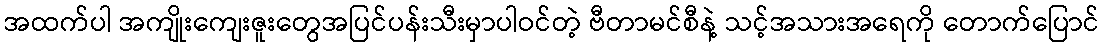
အထက်ပါ အကျိုးကျေးဇူးတွေအပြင်ပန်းသီးမှာပါဝင်တဲ့ ဗီတာမင်စီနဲ့ သင့်အသားအရေကို တောက်ပြောင်